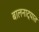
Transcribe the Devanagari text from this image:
बालनाट्यात